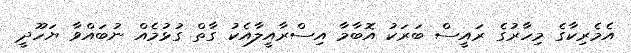
އެމެރިކާގެ މިހާރުގެ ރައީސް ބަރަކު އޮބާމާ އިސްރާއީލާއެކު ގާތް ގުޅުމެއް ނުބައްވާ ޔަހޫދީ